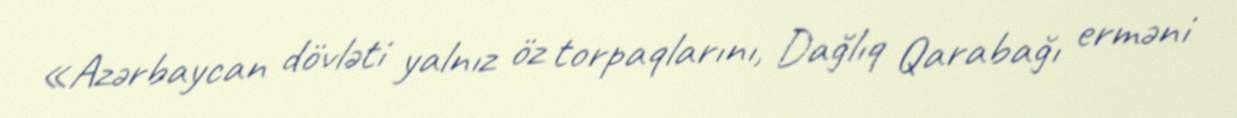
«Azərbaycan dövləti yalnız öz torpaqlarını, Dağlıq Qarabağı erməni